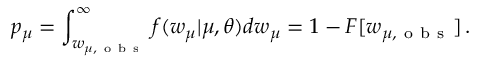
p _ { \boldsymbol { \mu } } = \int _ { w _ { \boldsymbol { \mu } , \mathrm { ~ o ~ b ~ s ~ } } } ^ { \infty } f ( w _ { \boldsymbol { \mu } } | \boldsymbol { \mu } , \boldsymbol { \theta } ) d w _ { \boldsymbol { \mu } } = 1 - F [ w _ { \boldsymbol { \mu } , \mathrm { ~ o ~ b ~ s ~ } } ] \, .